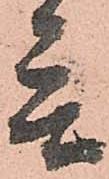
言